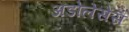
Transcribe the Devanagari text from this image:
अडोलेसेंस